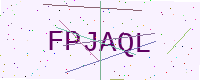
Text: FPJAQL